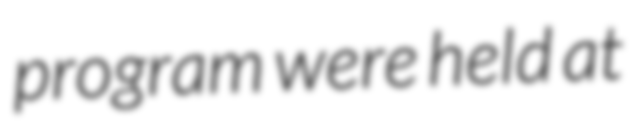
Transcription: program were held at